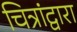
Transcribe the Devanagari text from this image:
चित्रांद्वारा